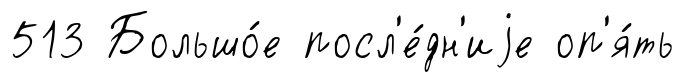
513 Большо́е посл'е́дн'иjе оп'я́ть